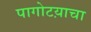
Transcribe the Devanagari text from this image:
पागोटय़ाचा